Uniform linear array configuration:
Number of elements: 12
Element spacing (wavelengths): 1
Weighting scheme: kaiser
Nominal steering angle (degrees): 45
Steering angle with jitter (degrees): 44.281
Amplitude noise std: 0.05
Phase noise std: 0.05

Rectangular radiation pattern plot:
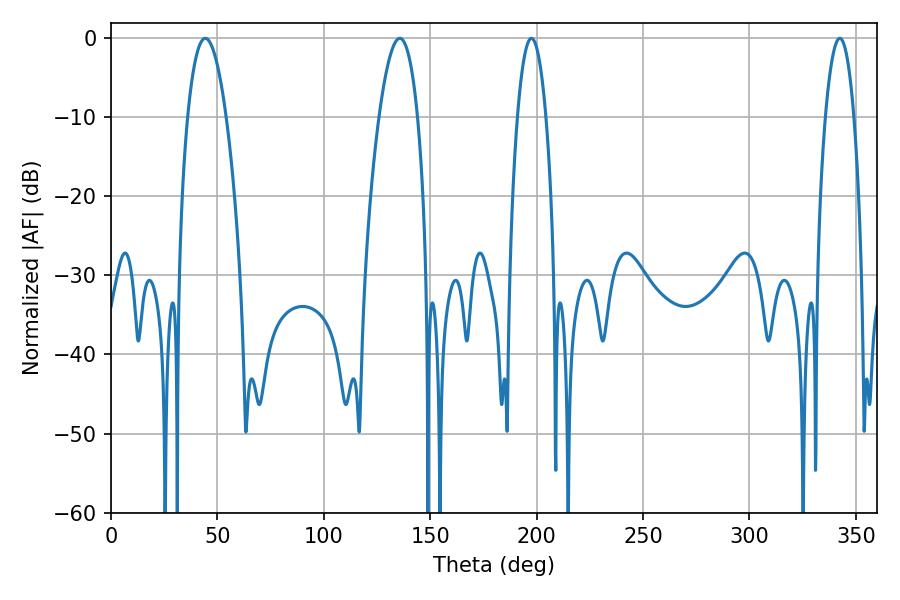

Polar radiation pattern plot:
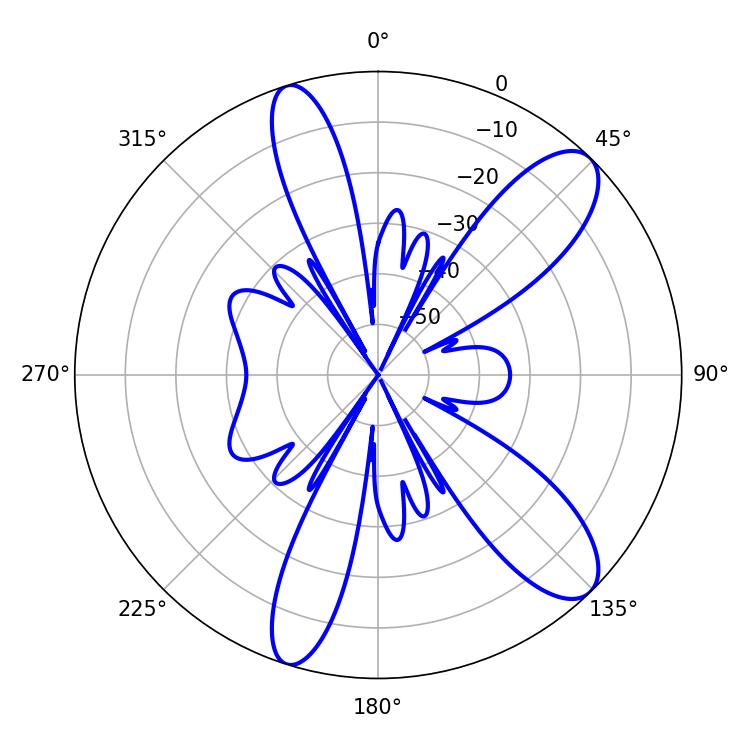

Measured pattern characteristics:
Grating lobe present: TRUE
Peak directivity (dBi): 10.517
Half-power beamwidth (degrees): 9.9
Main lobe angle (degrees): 44.28